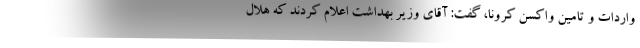
واردات و تامین واکسن کرونا، گفت: آقای وزیر بهداشت اعلام کردند که هلال